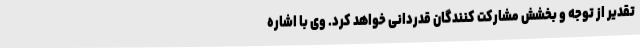
تقدیر از توجه و بخشش مشارکت کنندگان قدردانی خواهد کرد. وی با اشاره